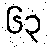
၆၃